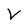
Character: V